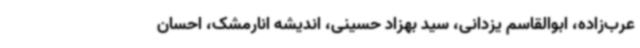
عرب‌زاده، ابوالقاسم یزدانی، سید بهزاد حسینی، اندیشه انارمشک، احسان